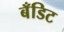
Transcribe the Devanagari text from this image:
बँडिट